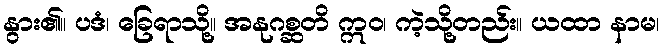
နွား၏။ ပဒံ၊ ခြေရာသို့။ အနုဂစ္ဆတိ ဣဝ၊ ကဲ့သို့တည်း။ ယထာ နာမ၊